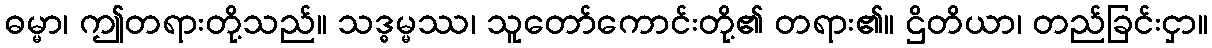
ဓမ္မာ၊ ဤတရားတို့သည်။ သဒ္ဓမ္မဿ၊ သူတော်ကောင်းတို့၏ တရား၏။ ဌိတိယာ၊ တည်ခြင်းငှာ။